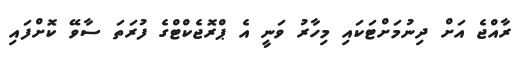
ރާއްޖެ އަށް ދިނުމަށްޓަކައި މިހާރު ވަނީ އެ ޕްރޮޖެކްޓްގެ ފުރަތަ ސާވޭ ކޮށްފައި